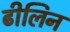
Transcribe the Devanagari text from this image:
ढीलिन